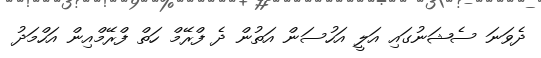
ދެވަނަ ސެޝަނުގައި އަލީ އަހުސަން އަތުން ދެ ފްރޭމް ހަތް ފްރޭމްއިން އަހްމަދު